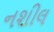
નશીલ